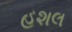
હશલ